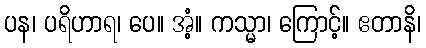
ပန၊ ပရိဟာရ၊ ပေ။ အံ့။ ကသ္မာ၊ ကြောင့်။ ဧတာနိ၊